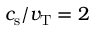
c _ { \mathrm { s } } / v _ { \mathrm { T } } = 2